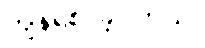
ကျန်ရစ် ခဲ့ပါတယ်။